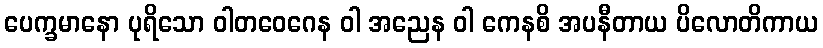
ပေက္ခမာနော ပုရိသော ဝါတဝေဂေန ဝါ အညေန ဝါ ကေနစိ အပနီတာယ ပိလောတိကာယ